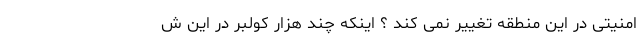
امنیتی در این منطقه تغییر نمی کند ؟ اینکه چند هزار کولبر در این ش